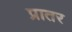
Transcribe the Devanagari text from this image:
प्रातर